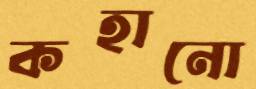
কহানো